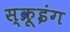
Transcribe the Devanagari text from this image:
स्क्रूइंग